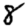
Digit: 8